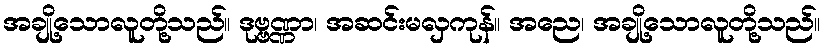
အချို့သောလူတို့သည်။ ဒုဗ္ဗဏ္ဏာ၊ အဆင်းမလှကုန်။ အညေ၊ အချို့သောလူတို့သည်။